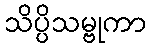
သိပ္ပိသမ္ဗုကာ